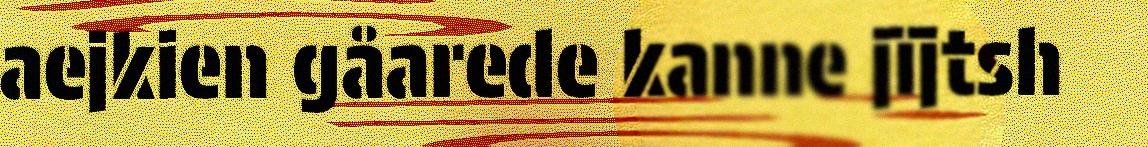
aejkien gåarede kanne jïjtsh